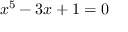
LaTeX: x ^ { 5 } - 3 x + 1 = 0